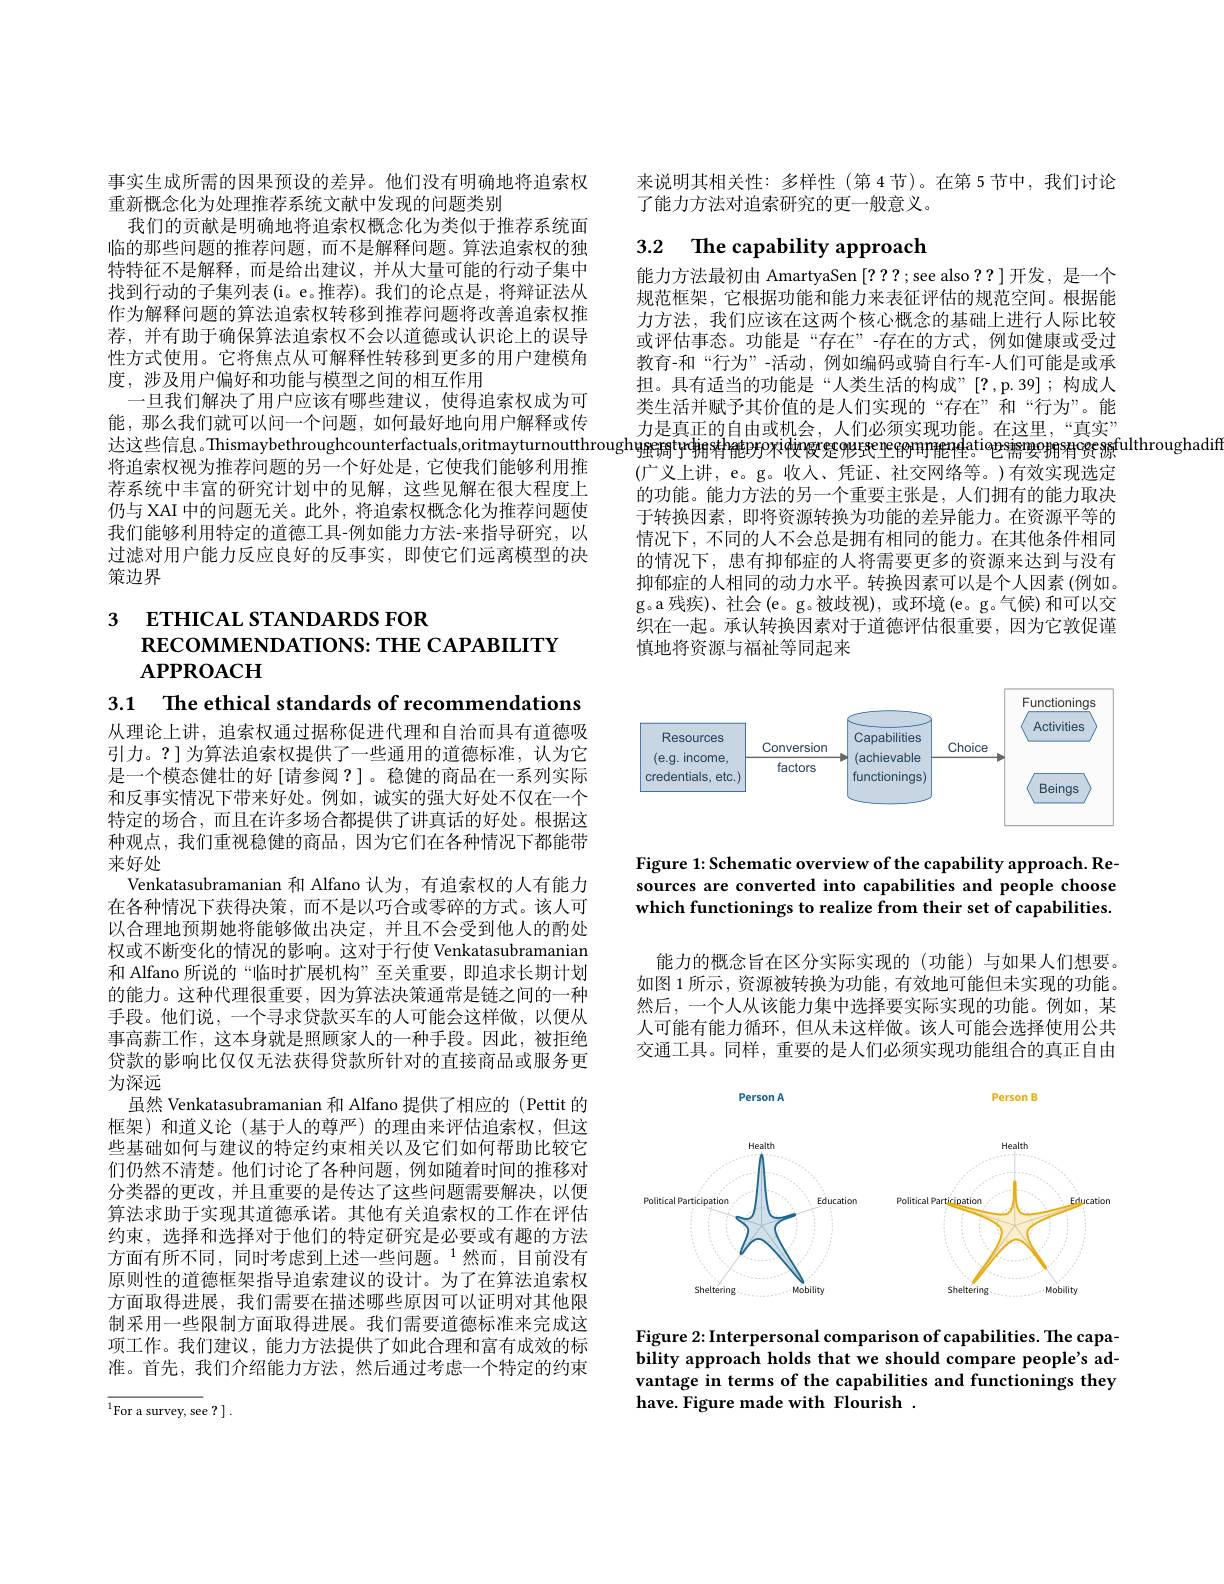
事实生成所需的因果预设的差异。他们没有明确地将追索权
重新概念化为处理推荐系统文献中发现的问题类别
我们的贡献是明确地将追索权概念化为类似于推荐系统面临的那些问题的推荐问题，而不是解释问题。算法追索权的独特特征不是解释，而是给出建议，并从大量可能的行动子集中找到行动的子集列表(i。e。推荐)。我们的论点是，将辩证法从作为解释问题的算法追索权转移到推荐问题将改善追索权推荐，并有助于确保算法追索权不会以道德或认识论上的误导性方式使用。它将焦点从可解释性转移到更多的用户建模角度，涉及用户偏好和功能与模型之间的相互作用
一旦我们解决了用户应该有哪些建议，使得追索权成为可能，那么我们就可以问一个问题，如何最好地向用户解释或传达这些信息。Thismaybethroughcounterfactuals,oritmayturnoutthroughųgesstaptartegypragyridengation sestes estes estes es estes es es es es es es es fulthroughadif 将诣索权视为推荐间题的另一个好处是，它使我们能够利用推 (广义上讲$x_{1}$此人年证，并交网收车、大右效守和进空
荐系统中丰富的研究计划中的见解，这些见解在很大程度上仍与 XAI 中的问题无关。此外 , 将追索权概念化为推荐问题使我们能够利用特定的道德工具-例如能力方法-来指导研究，以过滤对用户能力反应良好的反事实，即使它们远离模型的决策边界

3 ETHICAL STANDARDS FOR
RECOMMENDATIONS: THE CAPABILITY
# $APPROACH$
3.1 The ethical standards of recommendations

从理论上讲，追索权通过据称促进代理和自治而具有道德吸引力。?]为算法追索权提供了一些通用的道德标准，认为它是一个模态健壮的好 [请参阅？]。稳健的商品在一系列实际和反事实情况下带来好处。例如，诚实的强大好处不仅在一个特定的场合，而且在许多场合都提供了讲真话的好处。根据这种观点，我们重视稳健的商品，因为它们在各种情况下都能带来好处
Venkatasubramanian 和 Alfano 认为，有追索权的人有能力在各种情况下获得决策，而不是以巧合或零碎的方式。该人可以合理地预期她将能够做出决定，并且不会受到他人的酌处权或不断变化的情况的影响。这对于行使 Venkatasubramanian 和 Alfano 所说的“临时扩展机构”至关重要，即追求长期计划的能力。这种代理很重要，因为算法决策通常是链之间的一种手段。他们说，一个寻求贷款买车的人可能会这样做，以便从事高薪工作，这本身就是照顾家人的一种手段。因此，被拒绝贷款的影响比仅仅无法获得贷款所针对的直接商品或服务更为深远
虽然 Venkatasubramanian 和 Alfano 提供了相应的 (Pettit 的框架)和道义论(基于人的尊严)的理由来评估追索权，但这些基础如何与建议的特定约束相关以及它们如何帮助比较它们仍然不清楚。他们讨论了各种问题，例如随着时间的推移对分类器的更改，并且重要的是传达了这些问题需要解决，以便算法求助于实现其道德承诺。其他有关追索权的工作在评估约束，选择和选择对于他们的特定研究是必要或有趣的方法方面有所不同，同时考虑到上述一些问题。$^{1}$然而，目前没有原则性的道德框架指导追索建议的设计。为了在算法追索权方面取得进展，我们需要在描述哪些原因可以证明对其他限制采用一些限制方面取得进展。我们需要道德标准来完成这项工作。我们建议，能力方法提供了如此合理和富有成效的标准。首先，我们介绍能力方法，然后通过考虑一个特定的约束
$$\overline{^{1}\text{For a survey, see?}}\:]\:.$$
来说明其相关性：多样性(第4节)。在第5节中，我们讨论
了能力方法对追索研究的更一般意义。

# 3.2 $\textbf{The capability approach}$

能力方法最初由 AmartyaSen [???;see also ??] 开发，是一个规范框架，它根据功能和能力来表征评估的规范空间。根据能力方法，我们应该在这两个核心概念的基础上进行人际比较或评估事态。功能是“存在”-存在的方式，例如健康或受过教育-和“行为”-活动，例如编码或骑自行车-人们可能是或承担。具有适当的功能是“人类生活的构成”[?,p.39];构成人类生活并赋予其价值的是人们实现的“存在”和“行为”。能力是真正的自由或机会，人们必须实现功能。在这里，“真实” (广义上讲，e。g。收入、凭证、社交网络等。)有效实现选定的功能。能力方法的另一个重要主张是，人们拥有的能力取决于转换因素，即将资源转换为功能的差异能力。在资源平等的情况下，不同的人不会总是拥有相同的能力。在其他条件相同的情况下，患有抑郁症的人将需要更多的资源来达到与没有抑郁症的人相同的动力水平。转换因素可以是个人因素 (例如。g。a 残疾)、社会(e。g。被歧视),或环境(e。g。气候)和可以交织在一起。承认转换因素对于道德评估很重要，因为它敦促谨慎地将资源与福祉等同起来

<FigureHere>

Figure 1: Schematic overview of the capability approach. Resources are converted into capabilities and people choose which functionings to realize from their set of capabilities.

能力的概念旨在区分实际实现的(功能)与如果人们想要。如图 1 所示，资源被转换为功能，有效地可能但未实现的功能。然后，一个人从该能力集中选择要实际实现的功能。例如，某人可能有能力循环，但从未这样做。该人可能会选择使用公共交通工具。同样，重要的是人们必须实现功能组合的真正自由

<FigureHere>

Figure 2: Interpersonal comparison of capabilities. The capability approach holds that we should compare people's advantage in terms of the capabilities and functionings they have. Figure made with Flourish .